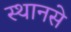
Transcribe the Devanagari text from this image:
स्थानसे